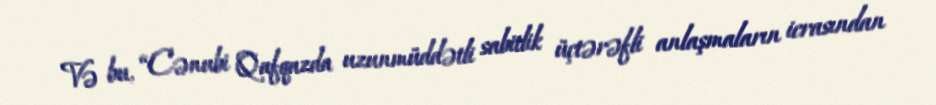
Və bu, “Cənubi Qafqazda uzunmüddətli sabitlik üçtərəfli anlaşmaların icrasından